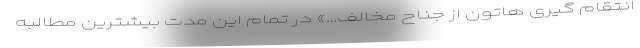
انتقام گیری هاتون از جناح مخالف…» در تمام این مدت بیشترین مطالبه